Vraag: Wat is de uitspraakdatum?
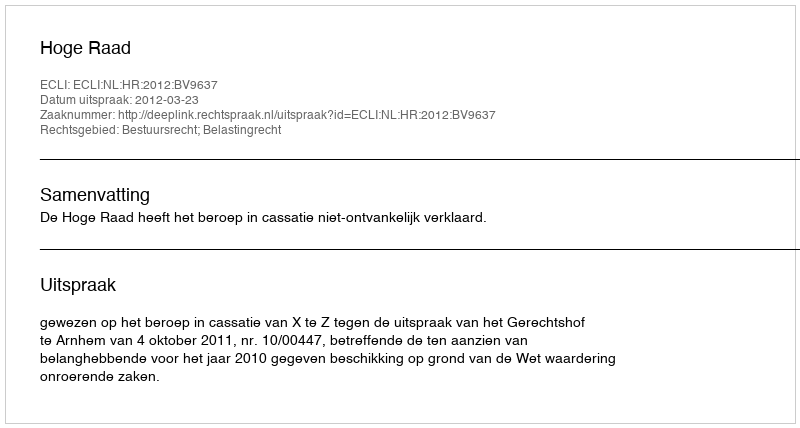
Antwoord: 2012-03-23